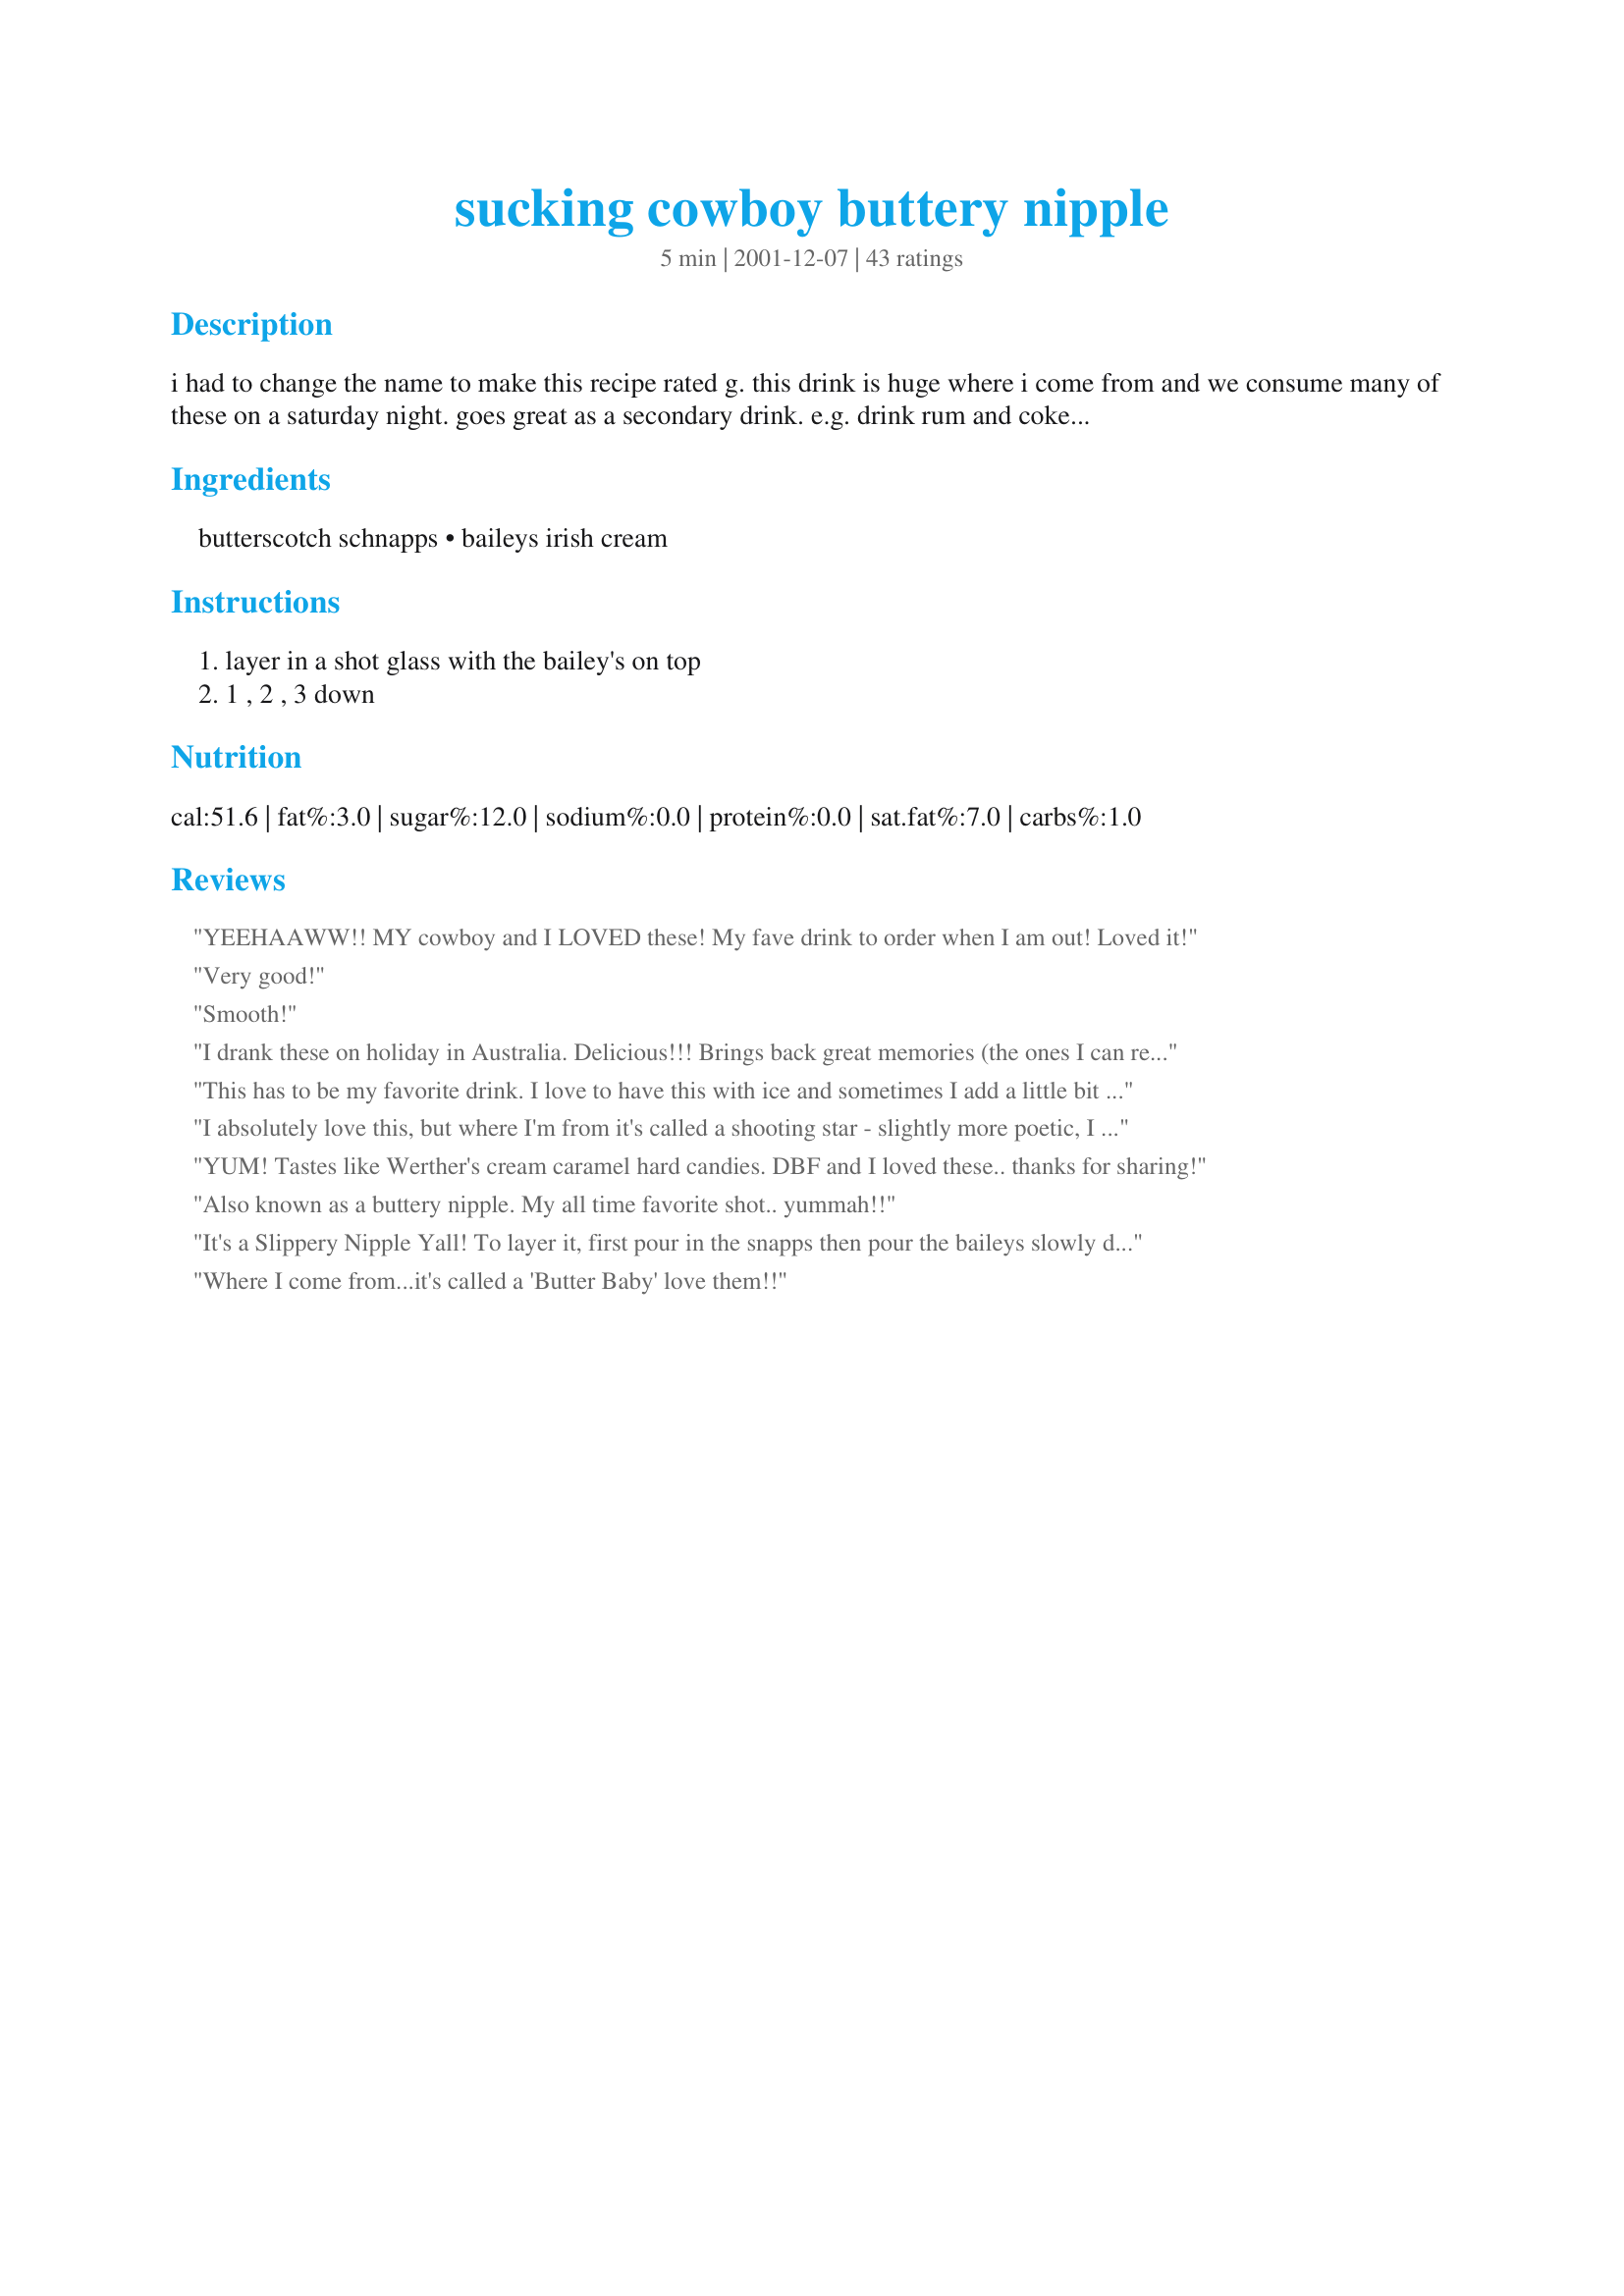
sucking cowboy buttery nipple
Preparation time: 5 minutes

i had to change the name to make this recipe rated g. this drink is huge where i come from and we consume many of these on a saturday night. goes great as a secondary drink. e.g. drink rum and coke and every now and then have a sucking cowboy.

Ingredients:
butterscotch schnapps, baileys irish cream

Steps:
layer in a shot glass with the bailey's on top, 1 , 2 , 3 down

Reviews:
YEEHAAWW!! MY cowboy and I LOVED these! My fave drink to order when I am out! Loved it!
Very good!
Smooth!
I drank these on holiday in Australia. Delicious!!! Brings back great memories (the ones I can remember)
This has to be my favorite drink. I love to have this with ice and sometimes I add a little bit of milk or cream. It is most yummy.
I absolutely love this, but where I'm from it's called a shooting star - slightly more poetic, I think. I managed to get my mother and an elderly Scottish neighbour absolutely plastered on these without them realising what they were doing. It just tastes soooo good
YUM! Tastes like Werther's cream caramel hard candies. DBF and I loved these.. thanks for sharing!
Also known as a buttery nipple. My all time favorite shot.. yummah!!
It's a Slippery Nipple Yall! To layer it, first pour in the snapps then pour the baileys slowly down over the back part of a spoon, which you have inserted into the shot glass..I haven't had one of these in years and Ladies night out coming up soon! Yippee- I'll have to try and see if the bartender knows what a sucking cowboy is though!
Where I come from...it's called a 'Butter Baby' 
love them!!

This is one of my all time favorite drinks. I usually don't bother with the layering tho. Just mix equal amounts of the two together in a glass and add ice. I just finished drinking one made with ChrisMc's Irish Cream (recipe # 30860) and my Homemade Butterscotch Schnapps (recipe # 141581). I think it's time for another!
These are great, and where I come form they are called a Slippery Nipple. Great drink...and goes very well chased with a bourbon coke.
Just a little tibit of info:) This is also called a Buttery Nipple
Love these. Layering it is easy if you pour the Bailey's in slooowly over the Schnapps. They're also called Buttery Nipples everywhere I've ordered them, they've a bar fave with my girlfriends & I :)
I love these two flavors together!! I actually found that pouring the butterscotch schnapps first layering the Bailey's on top works better (I tried it both ways). Thanks for this amazing treat, NcMysteryShopper!
Oh! Boy! did this recipe make me smile! I can't drink anymore due to Diabetes (and my son has grounded me from all alcohol LOL!) But this was one of my favorite drinks. Talk about tasty! But be careful! They go down easy but can be quite powerful! LOL! Enjoy!
We call them Buttery Nipples here too but I think I will start calling them Sucking Cowboy, much more interesting. Good drink. I make it by the glass instead of by the shot.
Warning to those that don't drink alot...Don't let the taste fool you! While they are yummy, they will also give you a heckuva buzz! In Denver they are called "Butter Babies"
Absolutely awesome! This is a Buttery Nipple in Toronto too! I actually got the recipe off the back of the Butterscotch Schnapps bottle and they too called it a Buttery Nipple.
I barented for two years in Washington. Only here they are called Copper Camels. The only thing this recipie needs is to teach people how to layer the liquors.
was really yummy, had a girls pj party and this was a big hit
So Yummy!!! Great combination! This shot layers very easily! Everyone loved it! A crowd pleaser! I used Butter Shots and Baileys Irish Cream.This is also called a Bit O' Honey or a Butterbee. :)
KitchenManiac I'm with ya on the name, here we call it a slippery nipple also, but anyway ya call it it is really good! Not too strong for those who don't like the strong alcohol taste!
Where I come from we call this a nutty irishman
Yummy! Sooo Good. This was my first attempted at layering and it was so easy! These tasted great and everyone loved the combination. They go down so smotth. Thank You for my new favorite shot!
This is one of the few drinks in which my non-drinking hubby will occasionally indulge. It is an excellent after-dinner drink. I find it a little sweet for all-night consumption, but absolutely, a nice drink to savor slowly.
I made this for a quick drink before our Thanksgiving festivities! YUM! Thanks!
This drink is wonderul, I like it very cold so I keep both bottles in the freezer so they are ready. This is called a buttery nipple where I come from too.
Yummo, totally addictive.
My favorite drink!! Creamy and sweet with a kick.
Yummy!!! Ok- must admit I haven't done a shot in years- I don't remember them being this good. Hmm...Not sure if that has to do with my age now or the shots back then:) The first time I made this I did not read the directions and just put it in a glass with a little ice, swirled it around and enjoyed it with a biscotti. After I read the directions I tried it the right way. NO shot glasses in the house so I used a votive candle glass :)This was even better as a shot and is enough reason for me to go out and get myself a shot glass! Thank you Chef V. I loved this!
This is my all time favourite shot! Can't drink it as much anymore, since I made full size drinks out of it one new years. Gotta love it! I think it tastes like werther's hard candies!
A nice, mild shot - simple Baileys and Butterscotch. Like Alisa Lea I prefer it unlayered and request it that way when I order it. Like Miss Kitty and I think a few other chefs, I call it a Slippery Nipple. Another version of this is Banana Schnapps and Baileys, but its name would definitely get edited out so I won't say it.
This is way to good!!!!!
Butternipples .... yum
Good stuff! I love pouring layered drinks. The combination is very smooth I used baileys irish cream and butterripple schnapps. Thanks V for posting a great recipe.
Here in Utah-- those of us who drink -- call this a &quot;copper camel&quot; :)
Ohhh, this is soooo good. I love Buttershots and this combination went down much too easily. Thanks Chef V. My friends are going to love this one.
I was a bartender for 10 years and this was my very favorite 'bump' with my beer. But come on - a 1/2 shot of each? - I liked mine in a fat short glass, about 2 shots of each over ice. It was a sipper with me and like I said - had my beer on the side. Delicious. Also, we called it a 'Slippery Nipple'!
This is a fantastic drink. It's also good to double the quantities and sip over a load of ice as opposed to the tradditional 'shots'.
Potent, but yummy!!!! I like to add crushed ice to mine. I also use homemade Bailey's.
Up North here in Wisconsin these are called Butterballs! And yes they are the best!
What a great combination! Thanks!
